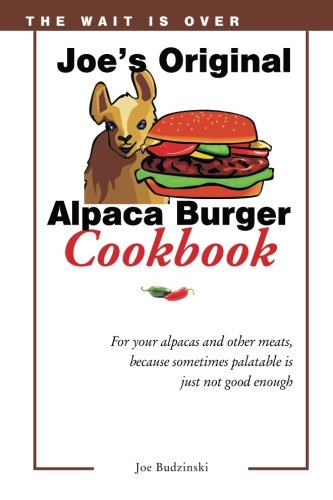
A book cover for Joe's Original Alpaca Burger Cookbook: For your alpacas and other meats, because sometimes palatable is just not good enough; Joe Budzinski; Cookbooks, Food & Wine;